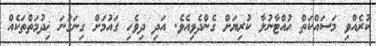
ކުރެއްވި މަސައްކަތް ހުއްޓާނުލާ ކުރިޔަށް ގެންދެވިއެވެ. އަދި ދިވެހި ގައުމަށް ގިނަގުނަ ޚިދުމަތްތަކެއް